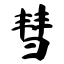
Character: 彗